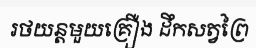
រថយន្តមួយគ្រឿង ដឹកសត្វព្រៃ